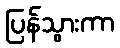
ပြန်သွားကာ